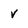
Character: v